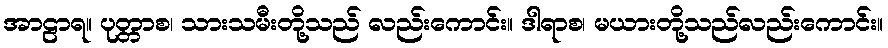
အာဠာရ။ ပုတ္တာစ၊ သားသမီးတို့သည် လည်းကောင်း။ ဒါရာစ၊ မယားတို့သည်လည်းကောင်း။